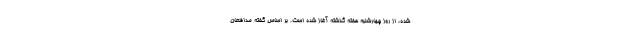
شده، از روز چهارشنبه هفته گذشته آغاز شده است. بر اساس گفته مدافعان